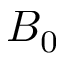
B _ { 0 }